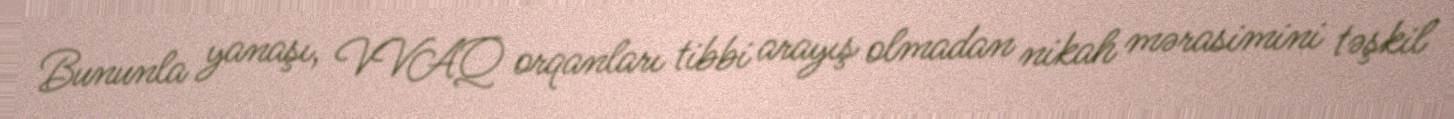
Bununla yanaşı, VVAQ orqanları tibbi arayış olmadan nikah mərasimini təşkil